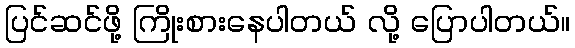
ပြင်ဆင်ဖို့ ကြိုးစားနေပါတယ် လို့ ပြောပါတယ်။